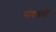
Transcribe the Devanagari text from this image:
सोवलाकी